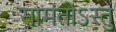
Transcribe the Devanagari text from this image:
सामंतोऽस्तु